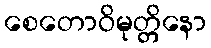
စေတောဝိမုတ္တိနော